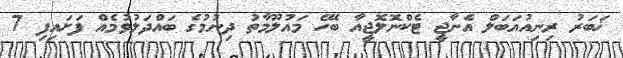
ޚަބަރު ރިނިއުއަބަލް އެނާޖީ ޓެކްނޮލޮޖީއާ ބެހޭ މައުލޫމާތު ދިނުމުގެ ބައްދަލުވުމެއް ފަށައިފި 7